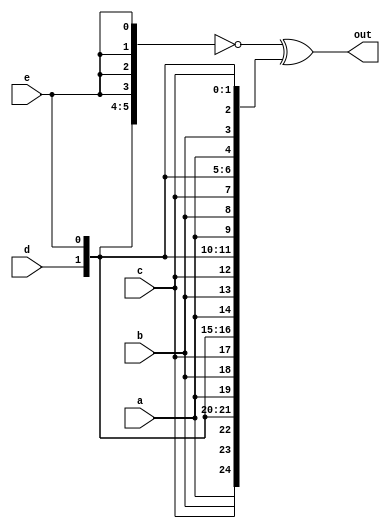
module top_module (
    input a, b, c, d, e,
    output [24:0] out );//
	
    wire [4:0] t1, t2, t3, t4, t5;
    assign t1 = {5{a}};
    assign t2 = {5{b}};
    assign t3 = {5{c}};
    assign t4 = {5{d}};
    assign t5 = {5{e}};
    
    assign out = ~{t1,t2,t3,t4,t5} ^ {5{a,b,c,d,e}};
    
    // The output is XNOR of two vectors created by 
    // concatenating and replicating the five inputs.
    // assign out = ~{ ... } ^ { ... };

endmodule